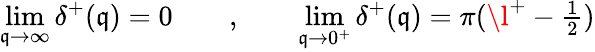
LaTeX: \operatorname*{lim}_{\mathfrak{q}\rightarrow\infty}\delta^{+}(\mathfrak{q})=0\qquad,\qquad\operatorname*{lim}_{\mathfrak{q}\rightarrow0^{+}}\delta^{+}(\mathfrak{q})=\pi(\l^{+}-\textstyle\frac{{1}}{{2}})